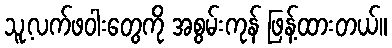
သူ့လက်ဖဝါးတွေကို အစွမ်းကုန် ဖြန့်ထားတယ်။